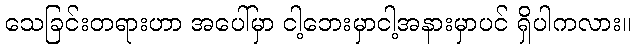
သေခြင်းတရားဟာ အပေါ်မှာ ငါ့ဘေးမှာငါ့အနားမှာပင် ရှိပါကလား။